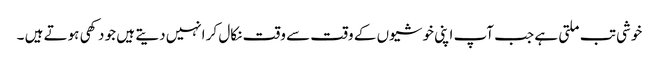
خوشی تب ملتی ہے جب آپ اپنی خوشیوں کے وقت سے وقت نکال کر انہیں دیتے ہیں جو دکھی ہوتے ہیں ۔